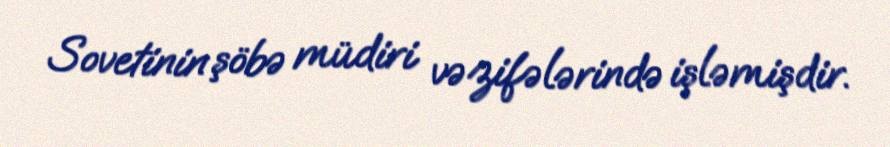
Sovetinin şöbə müdiri vəzifələrində işləmişdir.